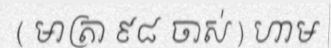
( មាត្រា ៩៨ ចាស់ ) ហាម